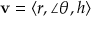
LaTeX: \mathbf { v } = \langle r , \angle \theta , h \rangle